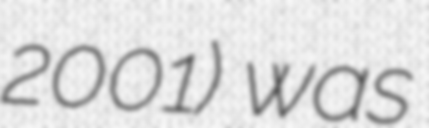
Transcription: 2001) was